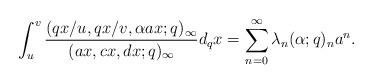
LaTeX: \begin{align*}\int_{u}^v \frac{(qx/u, qx/v, \alpha a x; q)_\infty}{( ax, cx, dx; q)_\infty} d_q x=\sum_{n=0}^\infty \lambda_n (\alpha; q)_n a^n.\end{align*}